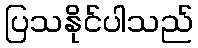
ပြသနိုင်ပါသည်